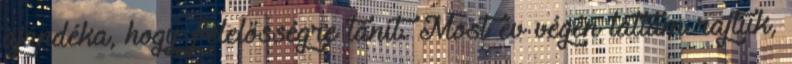
ajándéka, hogy felelősségre tanít. Most év végén láttam rajtuk,